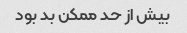
بیش از حد ممکن بد بود